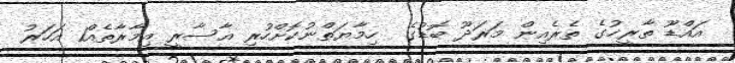
އައްޑޫ ތާރީޚުގެ ތެރެއިން މަރަދޫ ބޮޑުގެ  ހިމާޔަތްނުކޮށްހުރި އާސާރީ އިމާރާތެއް1 އަހަރު